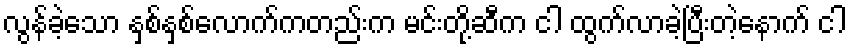
လွန်ခဲ့သော နှစ်နှစ်လောက်ကတည်းက မင်းတို့ဆီက ငါ ထွက်လာခဲ့ပြီးတဲ့နောက် ငါ